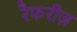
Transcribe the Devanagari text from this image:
रैफरीज़